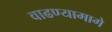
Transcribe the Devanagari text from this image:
वाढण्यामागे